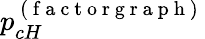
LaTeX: p_{cH}^{\mathrm{~(~f~a~c~t~o~r~g~r~a~p~h~)~}}